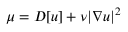
\mu = D [ u ] + \nu | \nabla u | ^ { 2 }